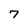
Character: 7